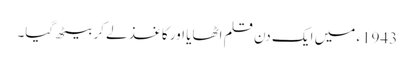
1943ء میں ایک دن قلم اٹھایا اور کاغذ لے کر بیٹھ گیا۔